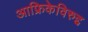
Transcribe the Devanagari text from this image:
आफ्रिकेविरुद्द